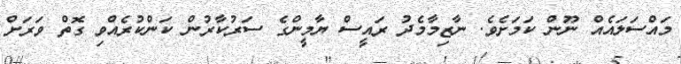
މައްސަލައެއް ނޫން ކަމަށެވެ. ނާޒިމާމެދު ރަައީސް ޔާމީންގެ ސަރުކާރުން ކަންކުރެއްވި ގޮތް ވަރަށް